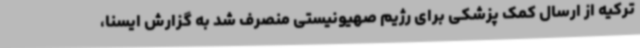
ترکیه از ارسال کمک‌ پزشکی برای رژیم صهیونیستی منصرف شد به گزارش ایسنا،